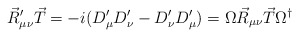
\begin{align*}\vec{R}_{\mu\nu}^\prime\vec{T}=-i(D_\mu^\prime D_\nu^\prime - D_\nu^\prime D_\mu^\prime)=\Omega\vec{R}_{\mu\nu}\vec{T}\Omega^\dagger\end{align*}